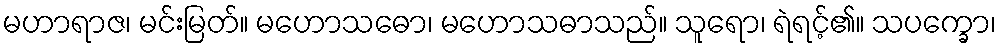
မဟာရာဇ၊ မင်းမြတ်။ မဟောသဓော၊ မဟောသဓာသည်။ သူရော၊ ရဲရင့်၏။ သပက္ခော၊